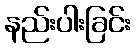
နည်းပါးခြင်း